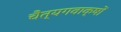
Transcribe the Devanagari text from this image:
चैत्यगवाक्षों